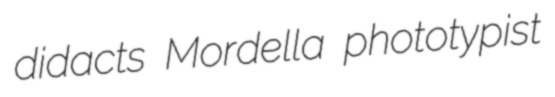
didacts Mordella phototypist